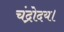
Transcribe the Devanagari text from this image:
चंद्रोदय।